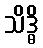
သိဒ္ဓိ